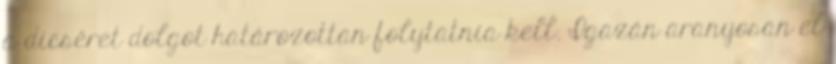
a dicséret dolgot határozottan folytatnia kell. Igazán aranyosan el